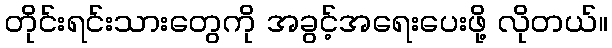
တိုင်းရင်းသားတွေကို အခွင့်အရေးပေးဖို့ လိုတယ်။